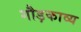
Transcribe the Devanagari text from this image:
गौड़काव्य